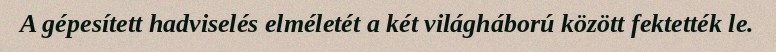
A gépesített hadviselés elméletét a két világháború között fektették le.